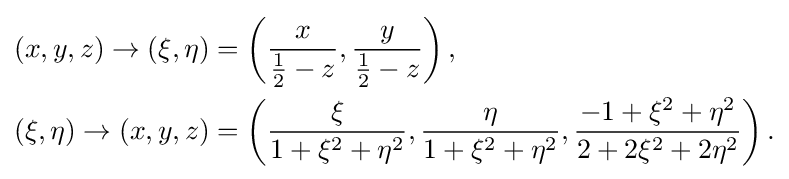
{\begin{aligned}(x,y,z)\rightarrow (\xi ,\eta )&=\left({\frac {x}{{\frac {1}{2}}-z}},{\frac {y}{{\frac {1}{2}}-z}}\right),\\(\xi ,\eta )\rightarrow (x,y,z)&=\left({\frac {\xi }{1+\xi ^{2}+\eta ^{2}}},{\frac {\eta }{1+\xi ^{2}+\eta ^{2}}},{\frac {-1+\xi ^{2}+\eta ^{2}}{2+2\xi ^{2}+2\eta ^{2}}}\right).\end{aligned}}